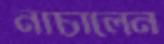
নাচালেন